Indian journal of veterinary science and animal husbandry - Volumes 15-17, 1948-1951
Year: 1948
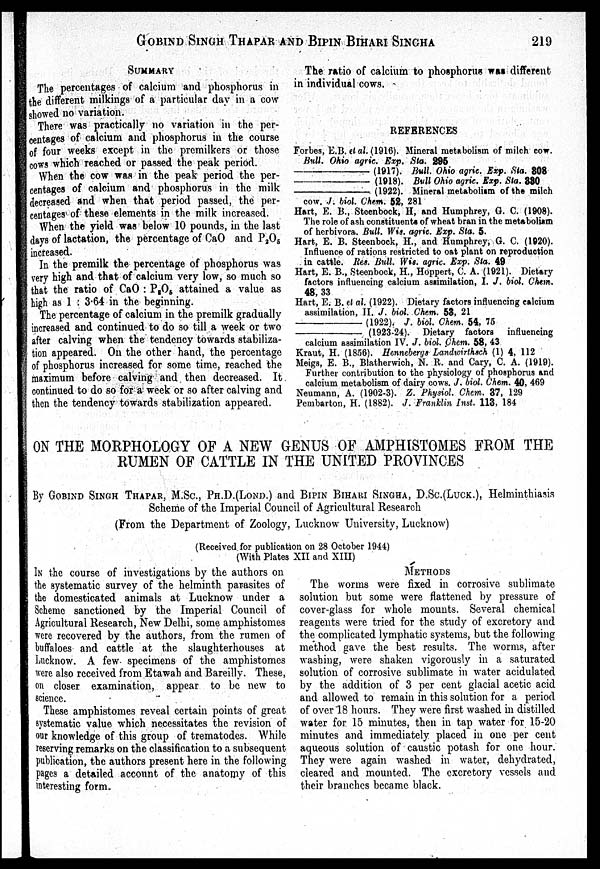
GOBIND SINGH THAPAR AND BIPIN BIHARI SINGHA 219
SUMMARY
The percentages of calcium and phosphorus in
the different milkings of a particular day in a cow
showed no variation.
There was practically no variation in the per-
centages of calcium and phosphorus in the course
of four weeks except in the premilkers or those
cows which reached or passed the peak period.
When the cow was in the peak period the per-
centages of calcium and phosphorus in the milk
decreased and when that period passed, the per-
centages of these elements in the milk increased.
When the yield was below 10 pounds, in the last
days of lactation, the percentage of CaO and P 2 O 5
increased.
In the premilk the percentage of phosphorus was
very high and that of calcium very low, so much so
that the ratio of CaO : P 2 O 5 attained a value as
high as 1 : 3.64 in the beginning.
The percentage of calcium in the premilk gradually
increased and continued to do so till a week or two
after calving when the tendency towards stabiliza-
tion appeared. On the other hand, the percentage
of phosphorus increased for some time, reached the
maximum before calving and then decreased. It
continued to do so for a week or so after calving and
then the tendency towards stabilization appeared.
The ratio of calcium to phosphorus was different
in individual cows.
REFERENCES
Forbes, E.B. et al. (1916). Mineral metabolism of milch cow.
Bull. Ohio agric. Exp. Sta. 295
—
(1917). Bull. Ohio agric. Exp. Sta. 308
—
(1918). Bull Ohio agric. Exp. Sta. 330
—
(1922). Mineral metabolism of the milch
cow. J. biol. Chem. 52, 281
Hart, E. B., Steenbock, H, and Humphrey, G. C. (1908).
The role of ash constituents of wheat bran in the metabolism
of herbivora. Bull. Wis. agric. Exp. Sta. 5.
Hart, E. B. Steenbock, H., and Humphrey, G. C. (1920).
Influence of rations restricted to oat plant on reproduction
in cattle. Res. Bull. Wis. agric. Exp. Sta. 49
Hart, E. B., Steenbock, H., Hoppert, C. A. (1921). Dietary
factors influencing calcium assimilation, I. J. biol. Chem.
48, 33
Hart, E. B. et al. (1922). Dietary factors influencing calcium
assimilation, II. J. biol. Chem. 53, 21
—(1922).
J. biol. Chem. 54, 75
—(1923-24).
Dietary factors influencing
calcium assimilation IV. J. biol. Chem. 58, 43
Kraut, H. (1856). Hennebergs Landwirthsch (1) 4, 112
Meigs, E. B., Blatherwich, N. R. and Cary, C. A. (1919).
Further contribution to the physiology of phosphorus and
calcium metabolism of dairy cows. J. biol. Chem. 40, 469
Neumann, A. (1902-3). Z. Physiol. Chem. 37, 129
Pembarton, H. (1882). J. Franklin Inst. 113, 184
ON THE MORPHOLOGY OF A NEW GENUS OF AMPHISTOMES FROM THE
RUMEN OF CATTLE IN THE UNITED PROVINCES
By GOBIND SINGH THAPAR, M.Sc., PH.D.(LOND.) and BIPIN BIHARI SINGHA, D.Sc.(LUCK.), Helminthiasis
Scheme of the Imperial Council of Agricultural Research
(From the Department of Zoology, Lucknow University, Lucknow)
(Received for publication on 28 October 1944)
(With Plates XII and XIII)
IN the course of investigations by the authors on
the systematic survey of the helminth parasites of
the domesticated animals at Lucknow under a
Scheme sanctioned by the Imperial Council of
Agricultural Research, New Delhi, some amphistomes
were recovered by the authors, from the rumen of
buffaloes and cattle at the slaughterhouses at
Lucknow. A few specimens of the amphistomes
were also received from Etawah and Bareilly. These,
on closer examination, appear to be new to
science.
These amphistomes reveal certain points of great
systematic value which necessitates the revision of
our knowledge of this group of trematodes. While
reserving remarks on the classification to a subsequent
publication, the authors present here in the following
pages a detailed account of the anatomy of this
interesting form.
METHODS
The worms were fixed in corrosive sublimate
solution but some were flattened by pressure of
cover-glass for whole mounts. Several chemical
reagents were tried for the study of excretory and
the complicated lymphatic systems, but the following
method gave the best results. The worms, after
washing, were shaken vigorously in a saturated
solution of corrosive sublimate in water acidulated
by the addition of 3 per cent glacial acetic acid
and allowed to remain in this solution for a period
of over 18 hours. They were first washed in distilled
water for 15 minutes, then in tap water for 15-20
minutes and immediately placed in one per cent
aqueous solution of caustic potash for one hour.
They were again washed in water, dehydrated,
cleared and mounted. The excretory vessels and
their branches became black.